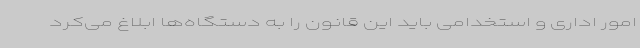
امور اداری و استخدامی باید این قانون را به دستگاه‌ها ابلاغ می‌کرد